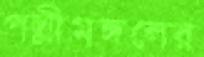
পল্লীমঙ্গলের